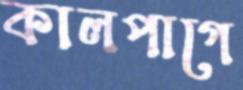
কালপাগে